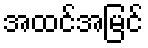
အထင်အမြင်